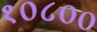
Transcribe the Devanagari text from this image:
१०८००